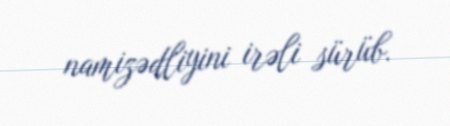
namizədliyini irəli sürüb.